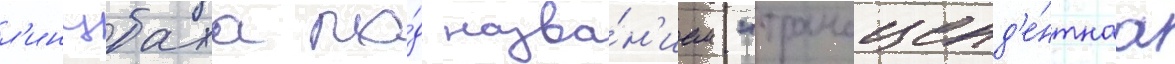
л'инцбаха по́д назва́н'ием "трансценд'е́нтнаа